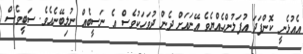
އެއުޅެނީ ކޮންފަދަ އުފަލުންހެއްޔެވެ އޭނައަށް ދެން ދުވަހަކުވެސް އެ ނަސީބެއް ނުލިބޭނެއެވެ. ސަބީވެސް